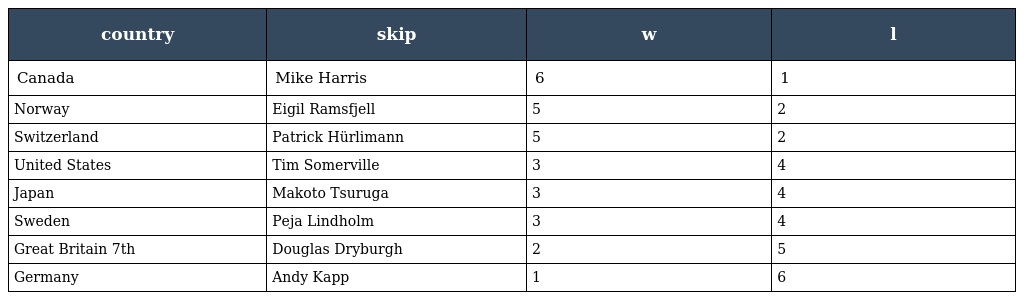
| country | skip | w | l |
 | --- | --- | --- | --- |
 | Canada | Mike Harris | 6 | 1 |
 | Norway | Eigil Ramsfjell | 5 | 2 |
 | Switzerland | Patrick Hürlimann | 5 | 2 |
 | United States | Tim Somerville | 3 | 4 |
 | Japan | Makoto Tsuruga | 3 | 4 |
 | Sweden | Peja Lindholm | 3 | 4 |
 | Great Britain 7th | Douglas Dryburgh | 2 | 5 |
 | Germany | Andy Kapp | 1 | 6 |